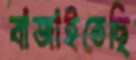
বাজাইতেছি